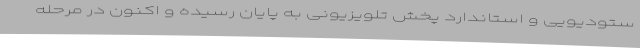
ستودیویی و استاندارد پخش تلویزیونی به پایان رسیده و اکنون در مرحله